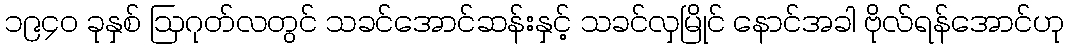
၁၉၄၀ ခုနှစ် ဩဂုတ်လတွင် သခင်အောင်ဆန်းနှင့် သခင်လှမြိုင် နောင်အခါ ဗိုလ်ရန်အောင်ဟု